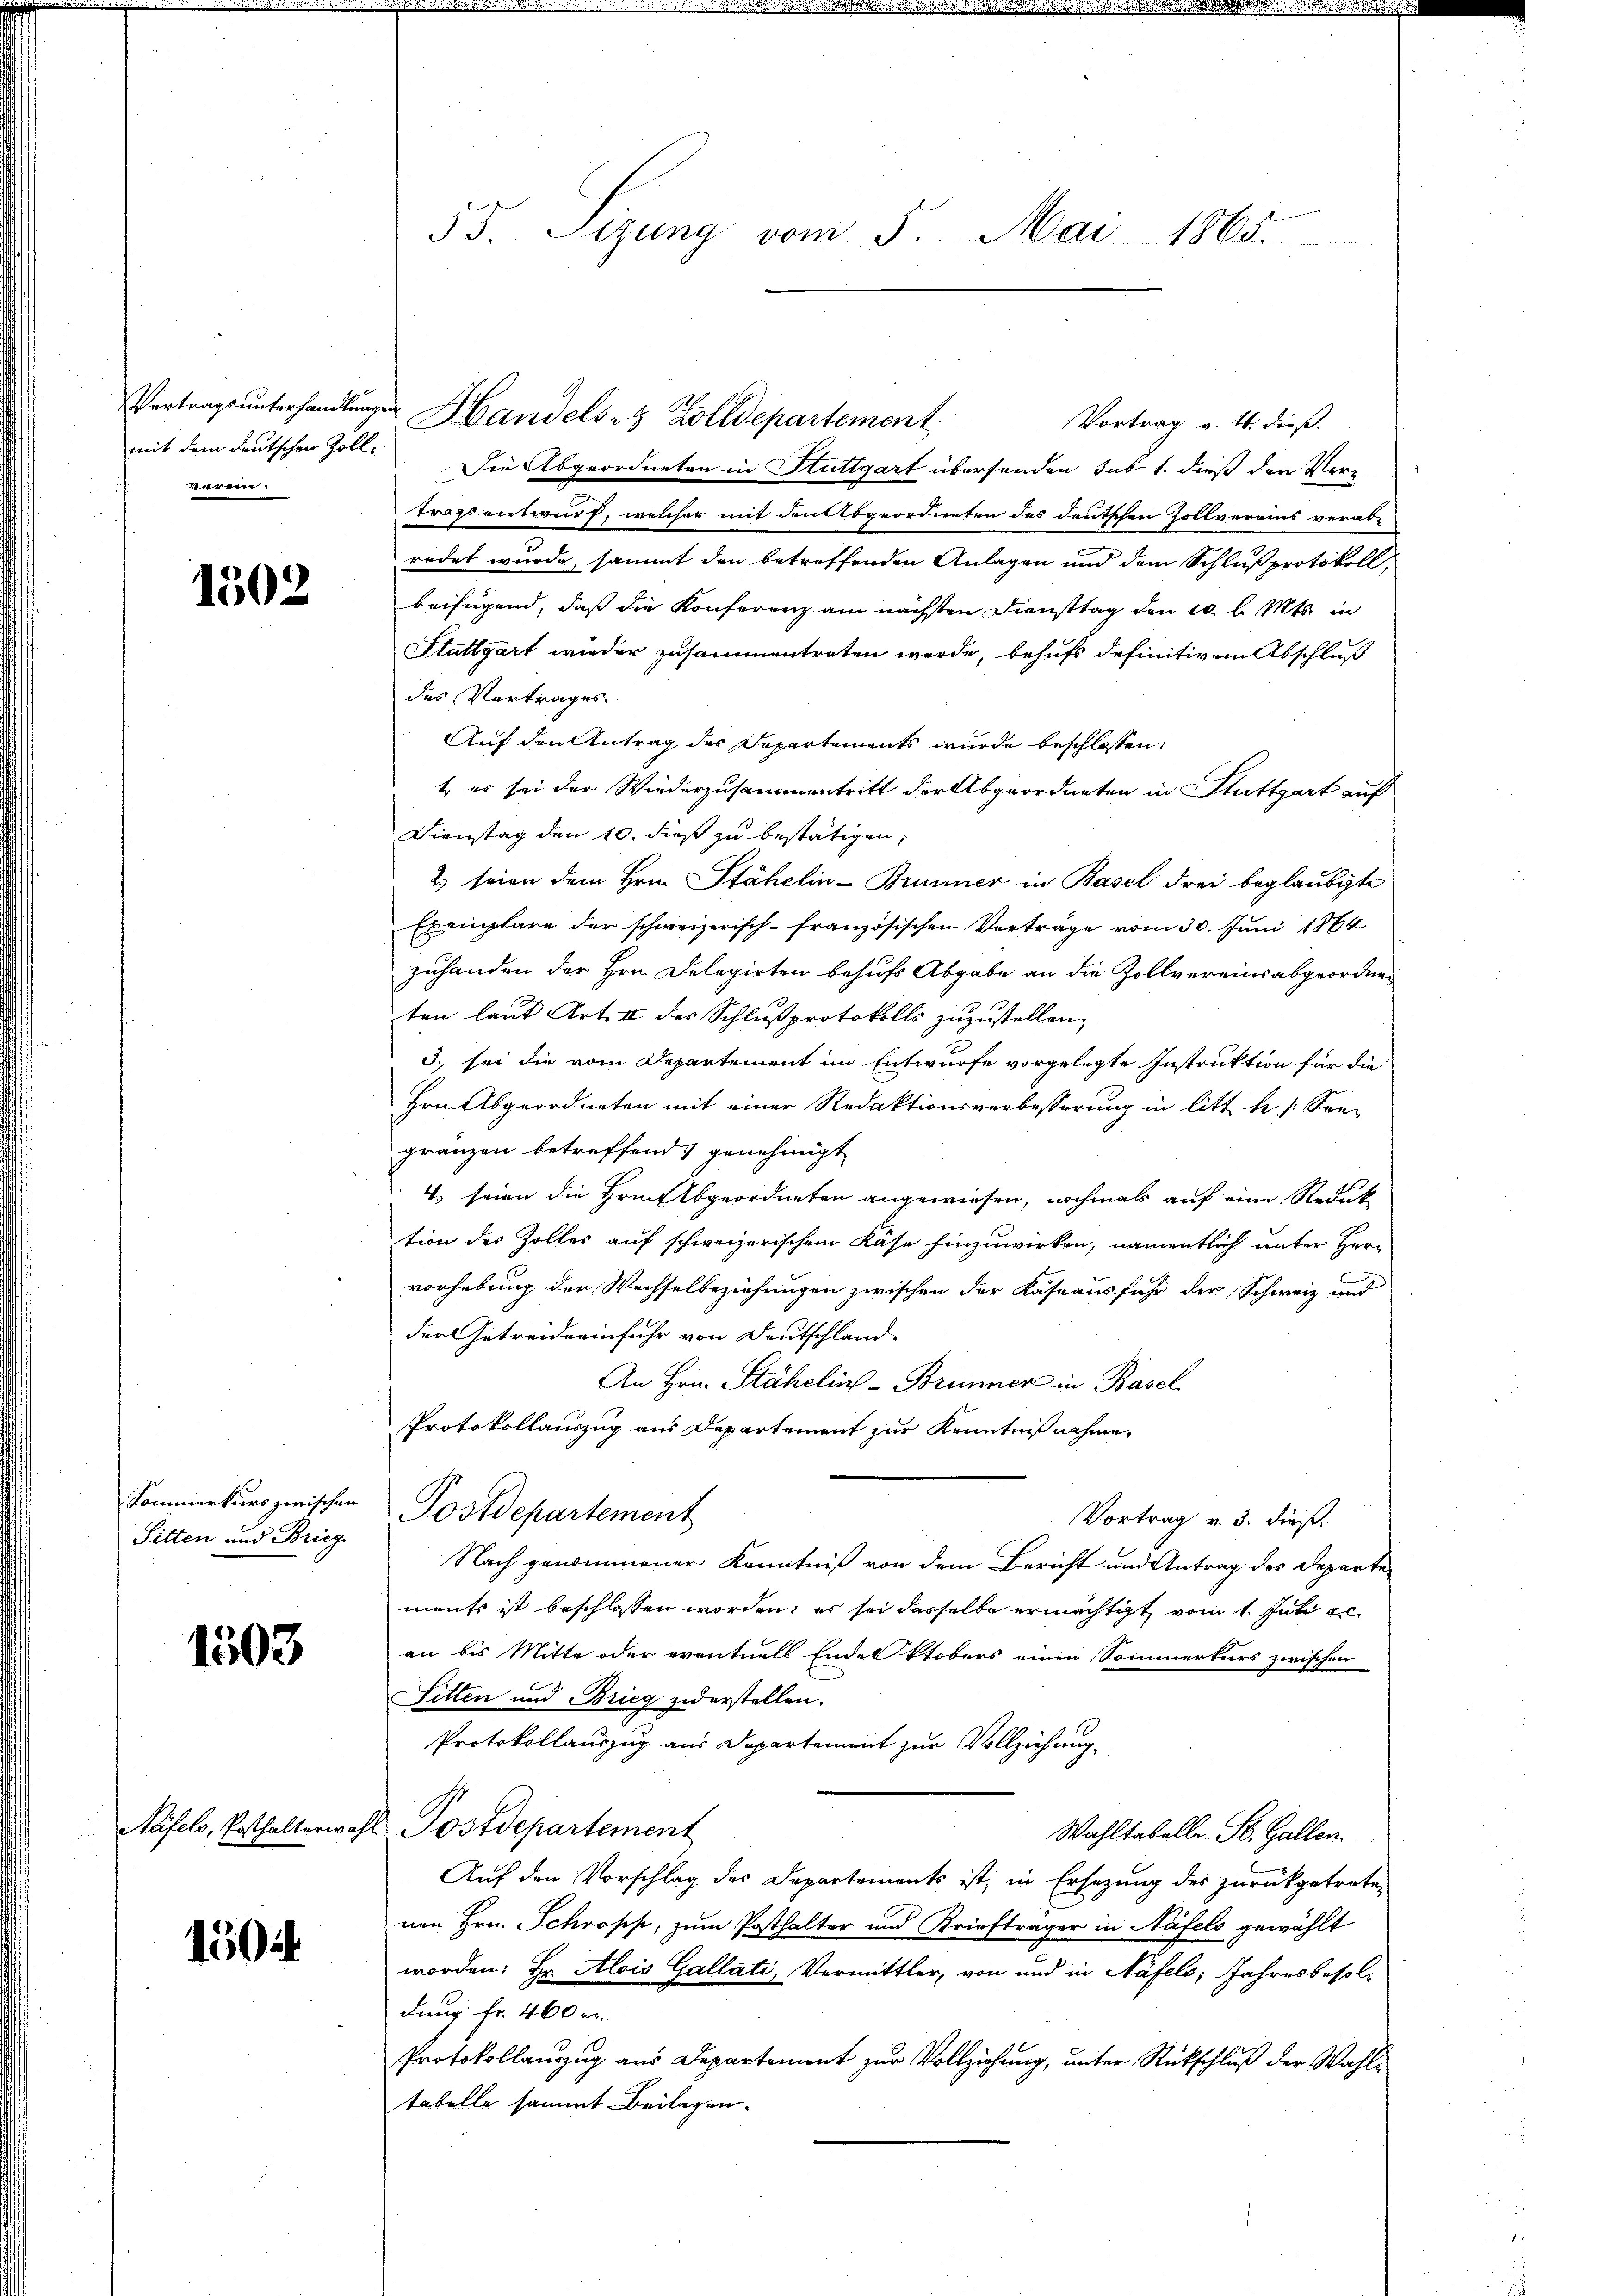
mit dem deutschen Zollverein.

1502

Sitten und Bricz

1503

1504

Vortrag v. 4. dieß.
Die Abgeordneten in Stuttgart übersenden sub 1. dieß den Vertragsentwurf, welcher mit den Abgeordneten des deutschen Zollverains verabredet wurde, sammt den betreffenden Anlagen und dem Schluß protokoll,
beifügend, daß die Konferenz am nächsten Diensttag den 20 l. Mts. in
Stuttgart wieder zusammentreten werde, behufs definitivem Abschluß
des Vertrages.
Auf den Antrag des Departements wurde beschlossen,
t es sei der Wiederzusammentritt der Abgeordneten in Stuttgart auf
Dienstag den 10. dieß zu bestätigen,
2 seien dem Hrn. Stähelin-Brunner in Basel drei beglaubigte
Exemplare der schweizerisch-französischen Vorträge vom 30. Juni 1864
zuhanden der Hrn. Delegirten behufs Abgabe an die Zollvereins abgeordneten laut Art. II des Schlussprotokolls zuzustellen.
3. sei die vom Departement im Entwurfe vorgelegte Instruktion für die
Hrn. Abgeordneten mit einer Redaktionsverbesserung in litt. h. 1. See-
gränzen betreffend genehmigt
4. seien die Hrn. Abgeordneten angewiesen, nochmals auf eine Reduk
tion des Zolles auf schweizerischen Kase hinzuwirken, namentlich unter Herr
vorhebung der Wechselbeziehungen zwischen der Kassausfuhr der Schweiz und
der Getreidreinfuhr von Deutschland
An Hrn. Stähelin - Brünner in Basel
Protokollauszug aus Departement zur Kenntnißnahme
Sommerkurs zwischen Postdepartement
Vortrag v. 3. dieß.
Nach genommener Kenntniß von dem Bericht und Antrag des Departements ist beschlossen worden; es sei dasselbe ermächtigt vom 1. Juli er
an bis Mitte oder eventuels Endel ktobers einen Sommerkurs zwischen
Sitten und Brieg zuerstellen.
Protokollauszug aus Departement zur Vollziehung.
Näfels, Posthalterwahl-Postdepartement
Wahltabelle St. Gallen.
Auf den Vorschlag des Departements ist, in Ersetzung des zurückgetreten
nen Hrn. Schropp, zum Posthalter und Kriefträger in Näfels gewählt
worden: Hr. Alois Gallati, Vermittler, von und in Näfels; Jahresbesoldung fr. 460 c.
Protokollauszug aus Departement zur Vollziehung, unter Rückschluß der Wahltabelle sammt Beilagen.

55. Sitzŭng vom 5. Mai 1865.

Vertragsŭnterhandlŭngen Handels- & Zolldepartement